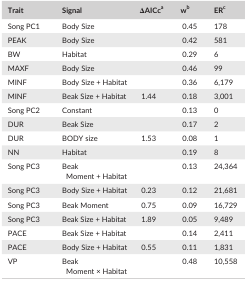
<table><thead><tr><td><b>Trait</b></td><td><b>Signal</b></td><td><b>ΔAICca</b></td><td><b>wb</b></td><td><b>ERc</b></td></tr></thead><tbody><tr><td>Song PC1</td><td>Body Size</td><td>[EMPTY_CELL]</td><td>0.45</td><td>178</td></tr><tr><td>PEAK</td><td>Body Size</td><td>[EMPTY_CELL]</td><td>0.42</td><td>581</td></tr><tr><td>BW</td><td>Habitat</td><td>[EMPTY_CELL]</td><td>0.29</td><td>6</td></tr><tr><td>MAXF</td><td>Body Size</td><td>[EMPTY_CELL]</td><td>0.46</td><td>99</td></tr><tr><td>MINF</td><td>Body Size + Habitat</td><td>[EMPTY_CELL]</td><td>0.36</td><td>6,179</td></tr><tr><td>MINF</td><td>Beak Size + Habitat</td><td>1.44</td><td>0.18</td><td>3,001</td></tr><tr><td>Song PC2</td><td>Constant</td><td>[EMPTY_CELL]</td><td>0.13</td><td>0</td></tr><tr><td>DUR</td><td>Beak Size</td><td>[EMPTY_CELL]</td><td>0.17</td><td>2</td></tr><tr><td>DUR</td><td>BODY size</td><td>1.53</td><td>0.08</td><td>1</td></tr><tr><td>NN</td><td>Habitat</td><td>[EMPTY_CELL]</td><td>0.19</td><td>8</td></tr><tr><td>Song PC3</td><td>Beak Moment + Habitat</td><td>[EMPTY_CELL]</td><td>0.13</td><td>24,364</td></tr><tr><td>Song PC3</td><td>Body Size + Habitat</td><td>0.23</td><td>0.12</td><td>21,681</td></tr><tr><td>Song PC3</td><td>Beak Moment</td><td>0.75</td><td>0.09</td><td>16,729</td></tr><tr><td>Song PC3</td><td>Beak Size + Habitat</td><td>1.89</td><td>0.05</td><td>9,489</td></tr><tr><td>PACE</td><td>Beak Size + Habitat</td><td>[EMPTY_CELL]</td><td>0.14</td><td>2,411</td></tr><tr><td>PACE</td><td>Body Size + Habitat</td><td>0.55</td><td>0.11</td><td>1,831</td></tr><tr><td>VP</td><td>Beak Moment × Habitat</td><td>[EMPTY_CELL]</td><td>0.48</td><td>10,558</td></tr></tbody></table>